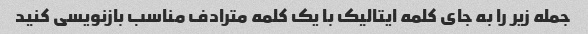
جمله زیر را به جای کلمه ایتالیک با یک کلمه مترادف مناسب بازنویسی کنید